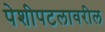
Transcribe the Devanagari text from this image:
पेशीपटलावरील